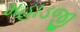
મહાડજી